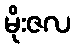
မိုးဇလ